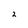
Character: 2